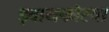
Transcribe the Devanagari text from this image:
ड्वायफोरचा